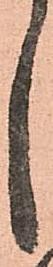
し